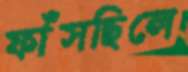
ফাঁসছিলে